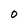
Character: O